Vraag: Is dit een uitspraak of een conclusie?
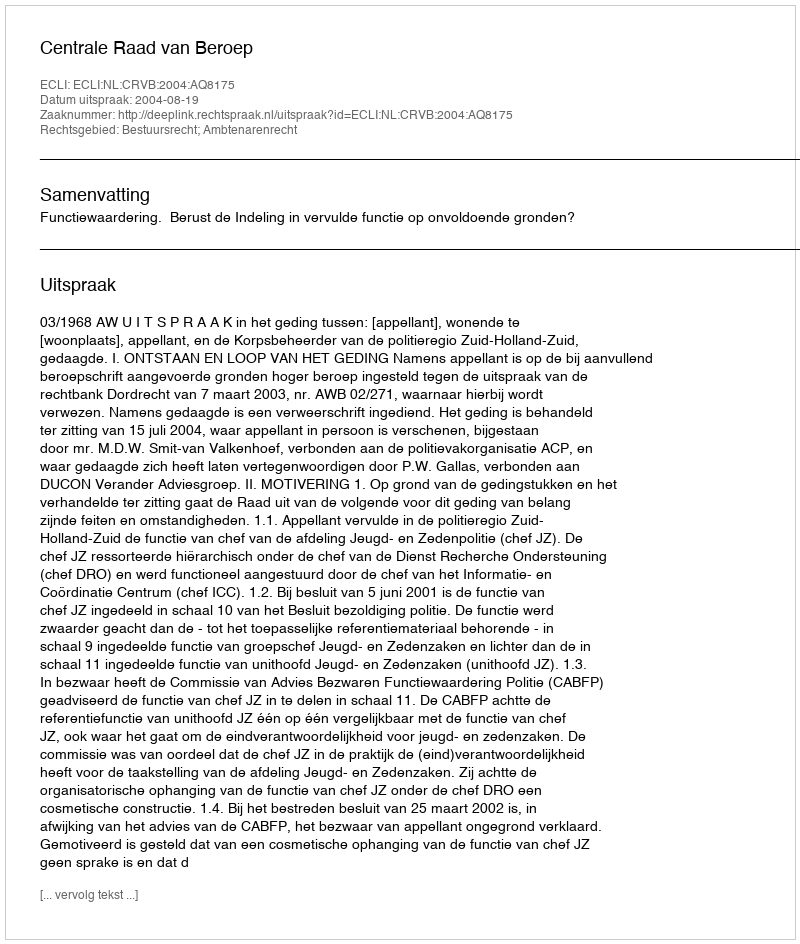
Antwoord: Uitspraak